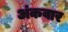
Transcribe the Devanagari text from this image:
अंकवार